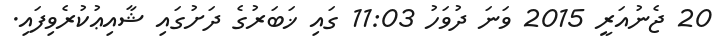
20 ޖެނުއަރީ 2015 ވަނަ ދުވަހު 11:03 ގައި ޚަބަރުގެ ދަށުގައި ޝާއިޢުކުރެވިފައި.